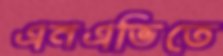
এনএভিতে